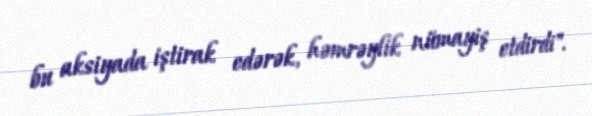
bu aksiyada iştirak edərək, həmrəylik nümayiş etdirdi".